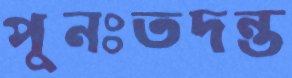
পুনঃতদন্ত